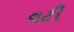
વટી